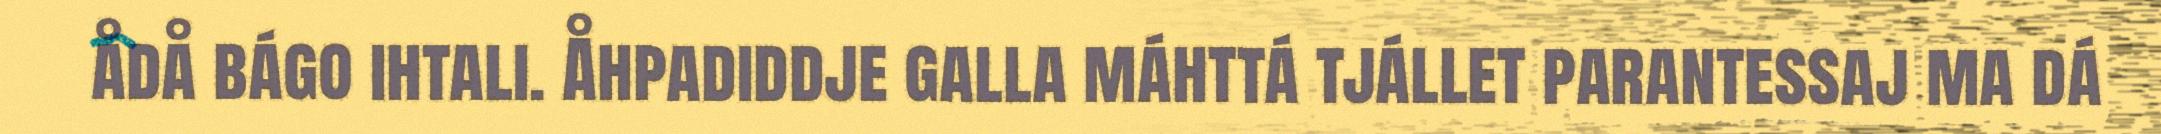
ådå bágo ihtali. Åhpadiddje galla máhttá tjállet parantessaj ma dá